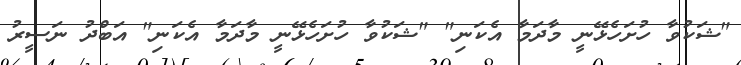
"ޝަކުވާ ހުށަހެޅޭނީ މާދަމާ އެކަނި" "ޝަކުވާ ހުށަހެޅޭނީ މާދަމާ އެކަނި" އަބްދު ނަސީރު